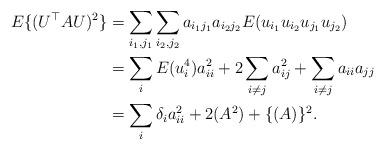
LaTeX: \begin{align*}E\{(U^\top A U)^2\}&=\sum_{i_1,j_1}\sum_{i_2,j_2}a_{i_1j_1}a_{i_2j_2}E(u_{i_1}u_{i_2}u_{j_1}u_{j_2})\\&=\sum_i E(u_i^4)a_{ii}^2+2\sum_{i\neq j}a_{ij}^2+\sum_{i\neq j}a_{ii}a_{jj}\\&=\sum_i\delta_i a_{ii}^2+2(A^2)+\{(A)\}^2.\end{align*}